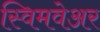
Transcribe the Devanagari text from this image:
स्विमवेअर